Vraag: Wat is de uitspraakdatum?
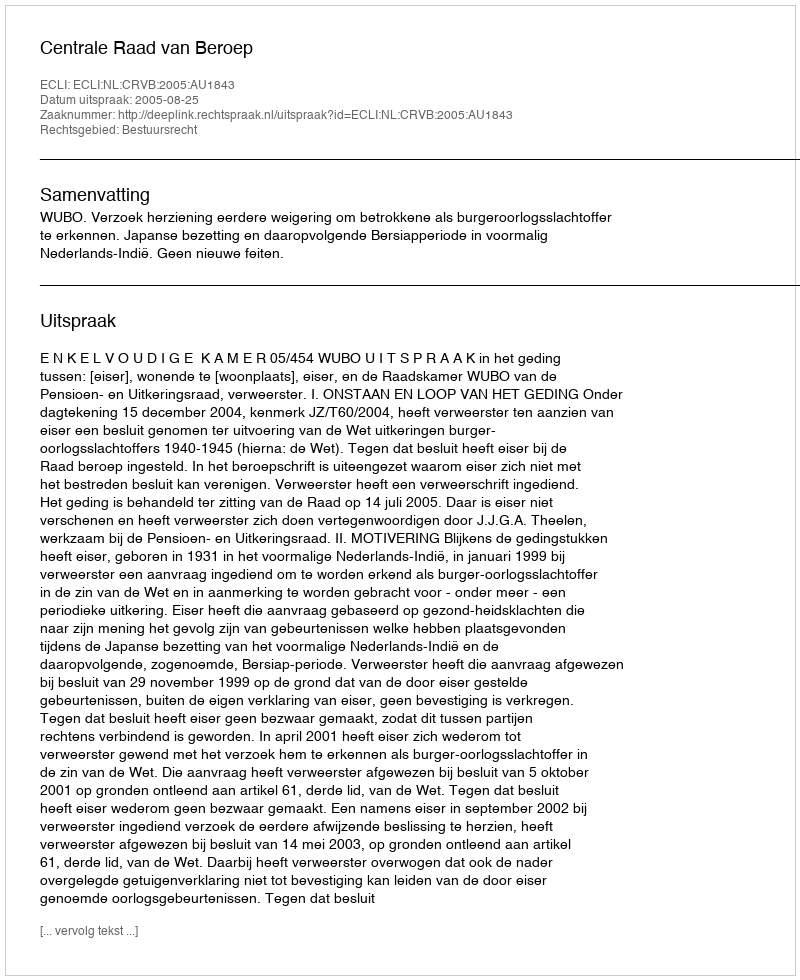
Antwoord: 2005-08-25